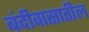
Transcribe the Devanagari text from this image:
बंदीवासातील